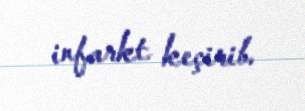
infarkt keçirib.